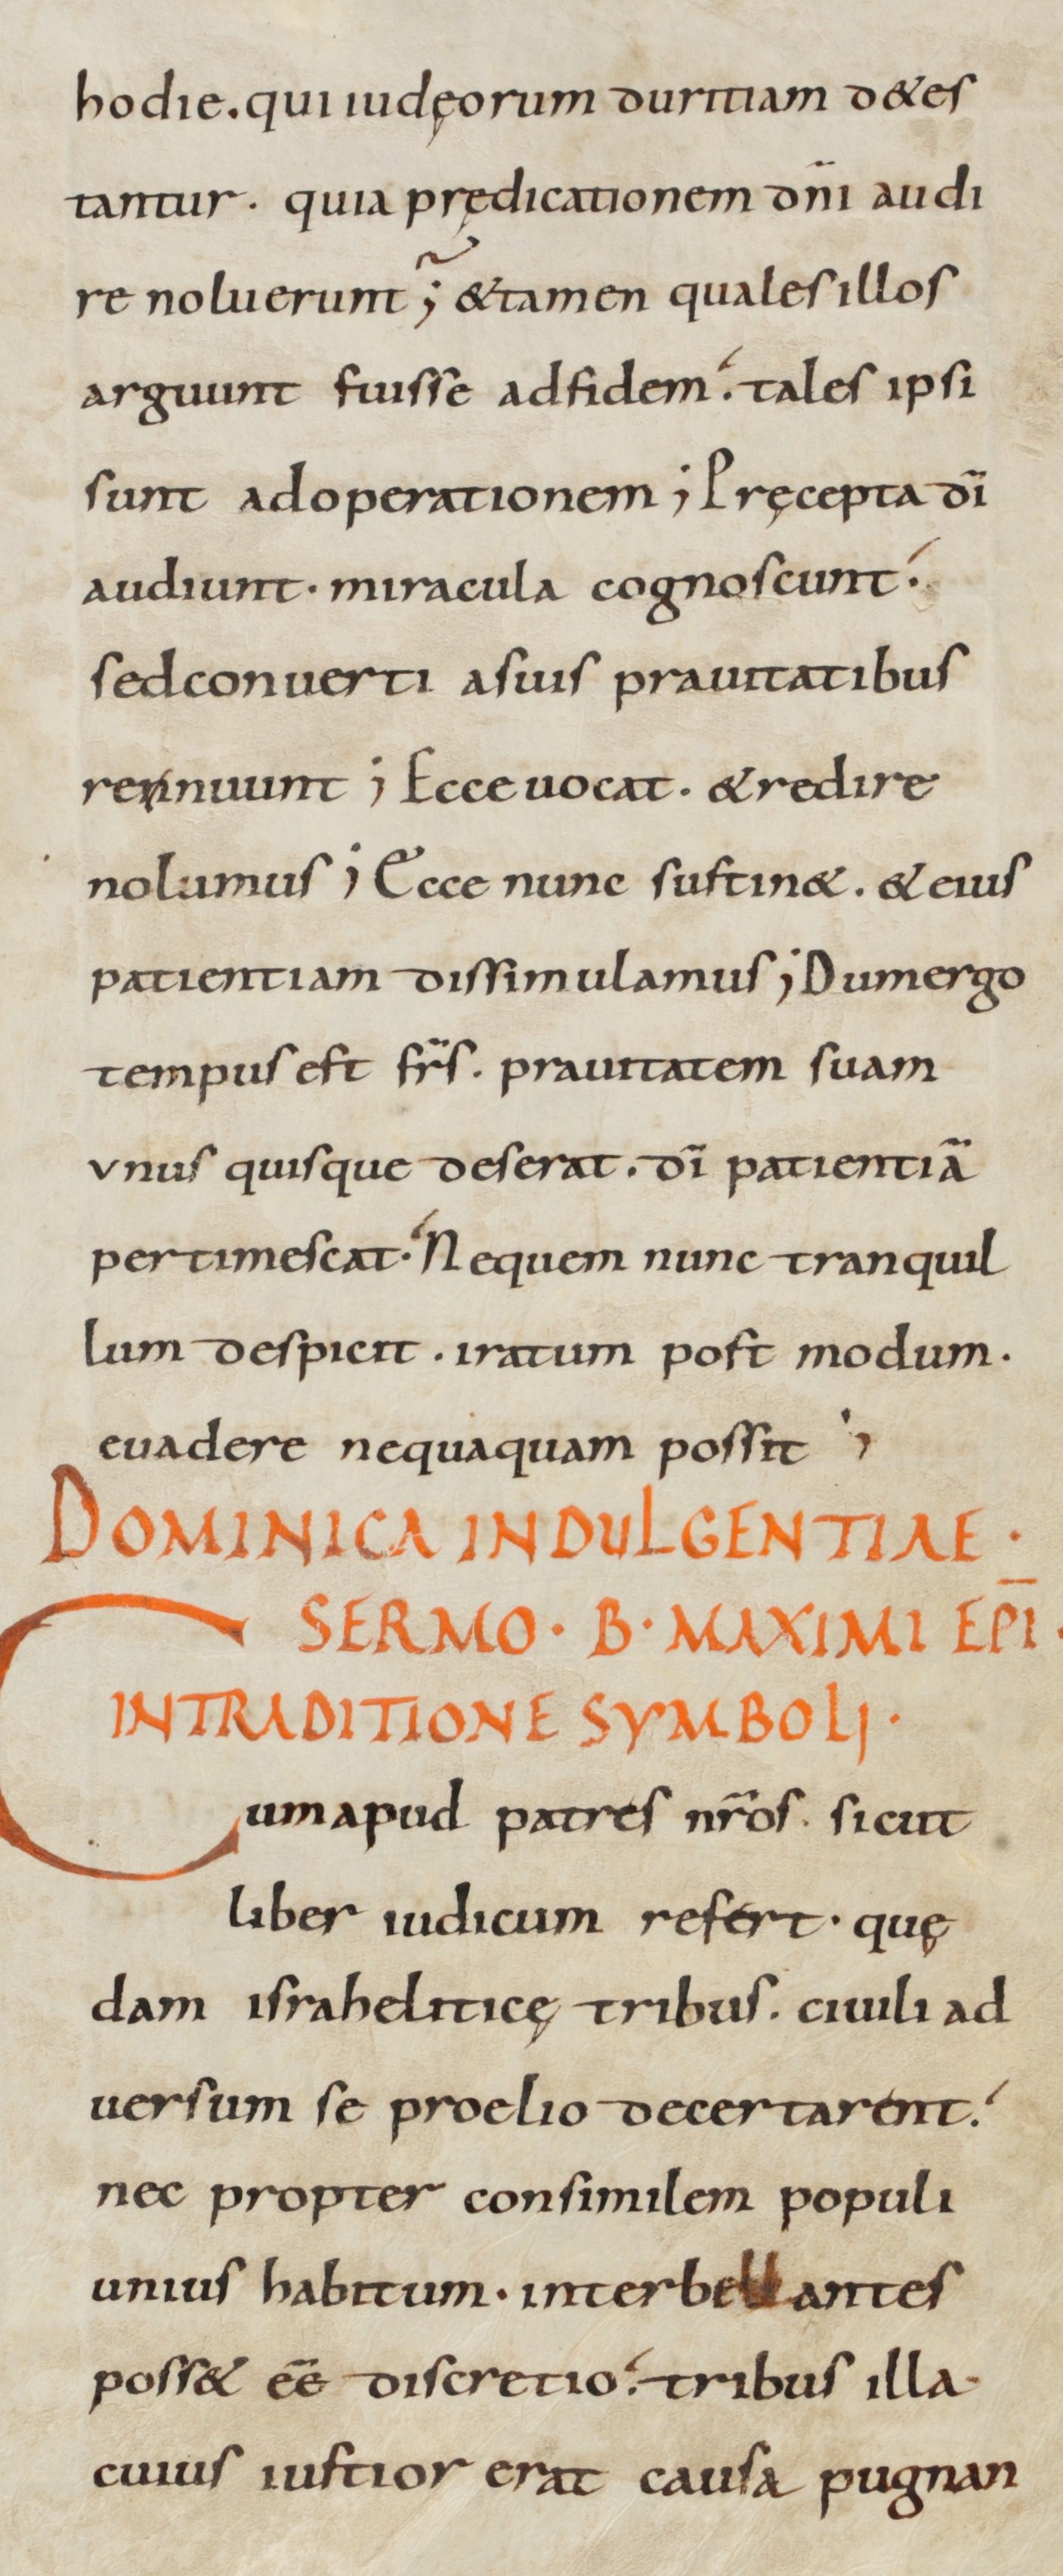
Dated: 900–930